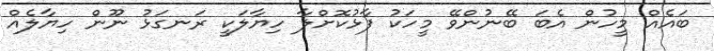
ބައެއް މީހުން އެބަ ބޭނުންވޭ މީހަކު ފާޅުކޮށްލާ ހިޔާލަކީ ރަނގަޅު ނޫން ހިޔާލެއް